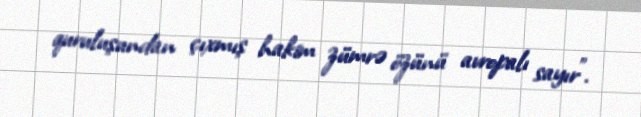
quruluşundan çıxmış hakim zümrə özünü avropalı sayır”.